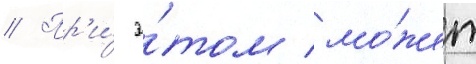
// Пр'и́ э́том мо́жет